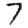
Digit: 7